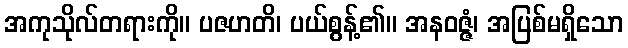
အကုသိုလ်တရားကို။ ပဇဟတိ၊ ပယ်စွန့်၏။ အနဝဇ္ဇံ၊ အပြစ်မရှိသော